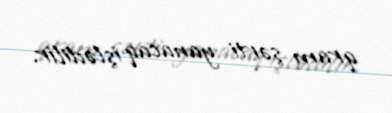
qram şərti yanacaq işlədilir.